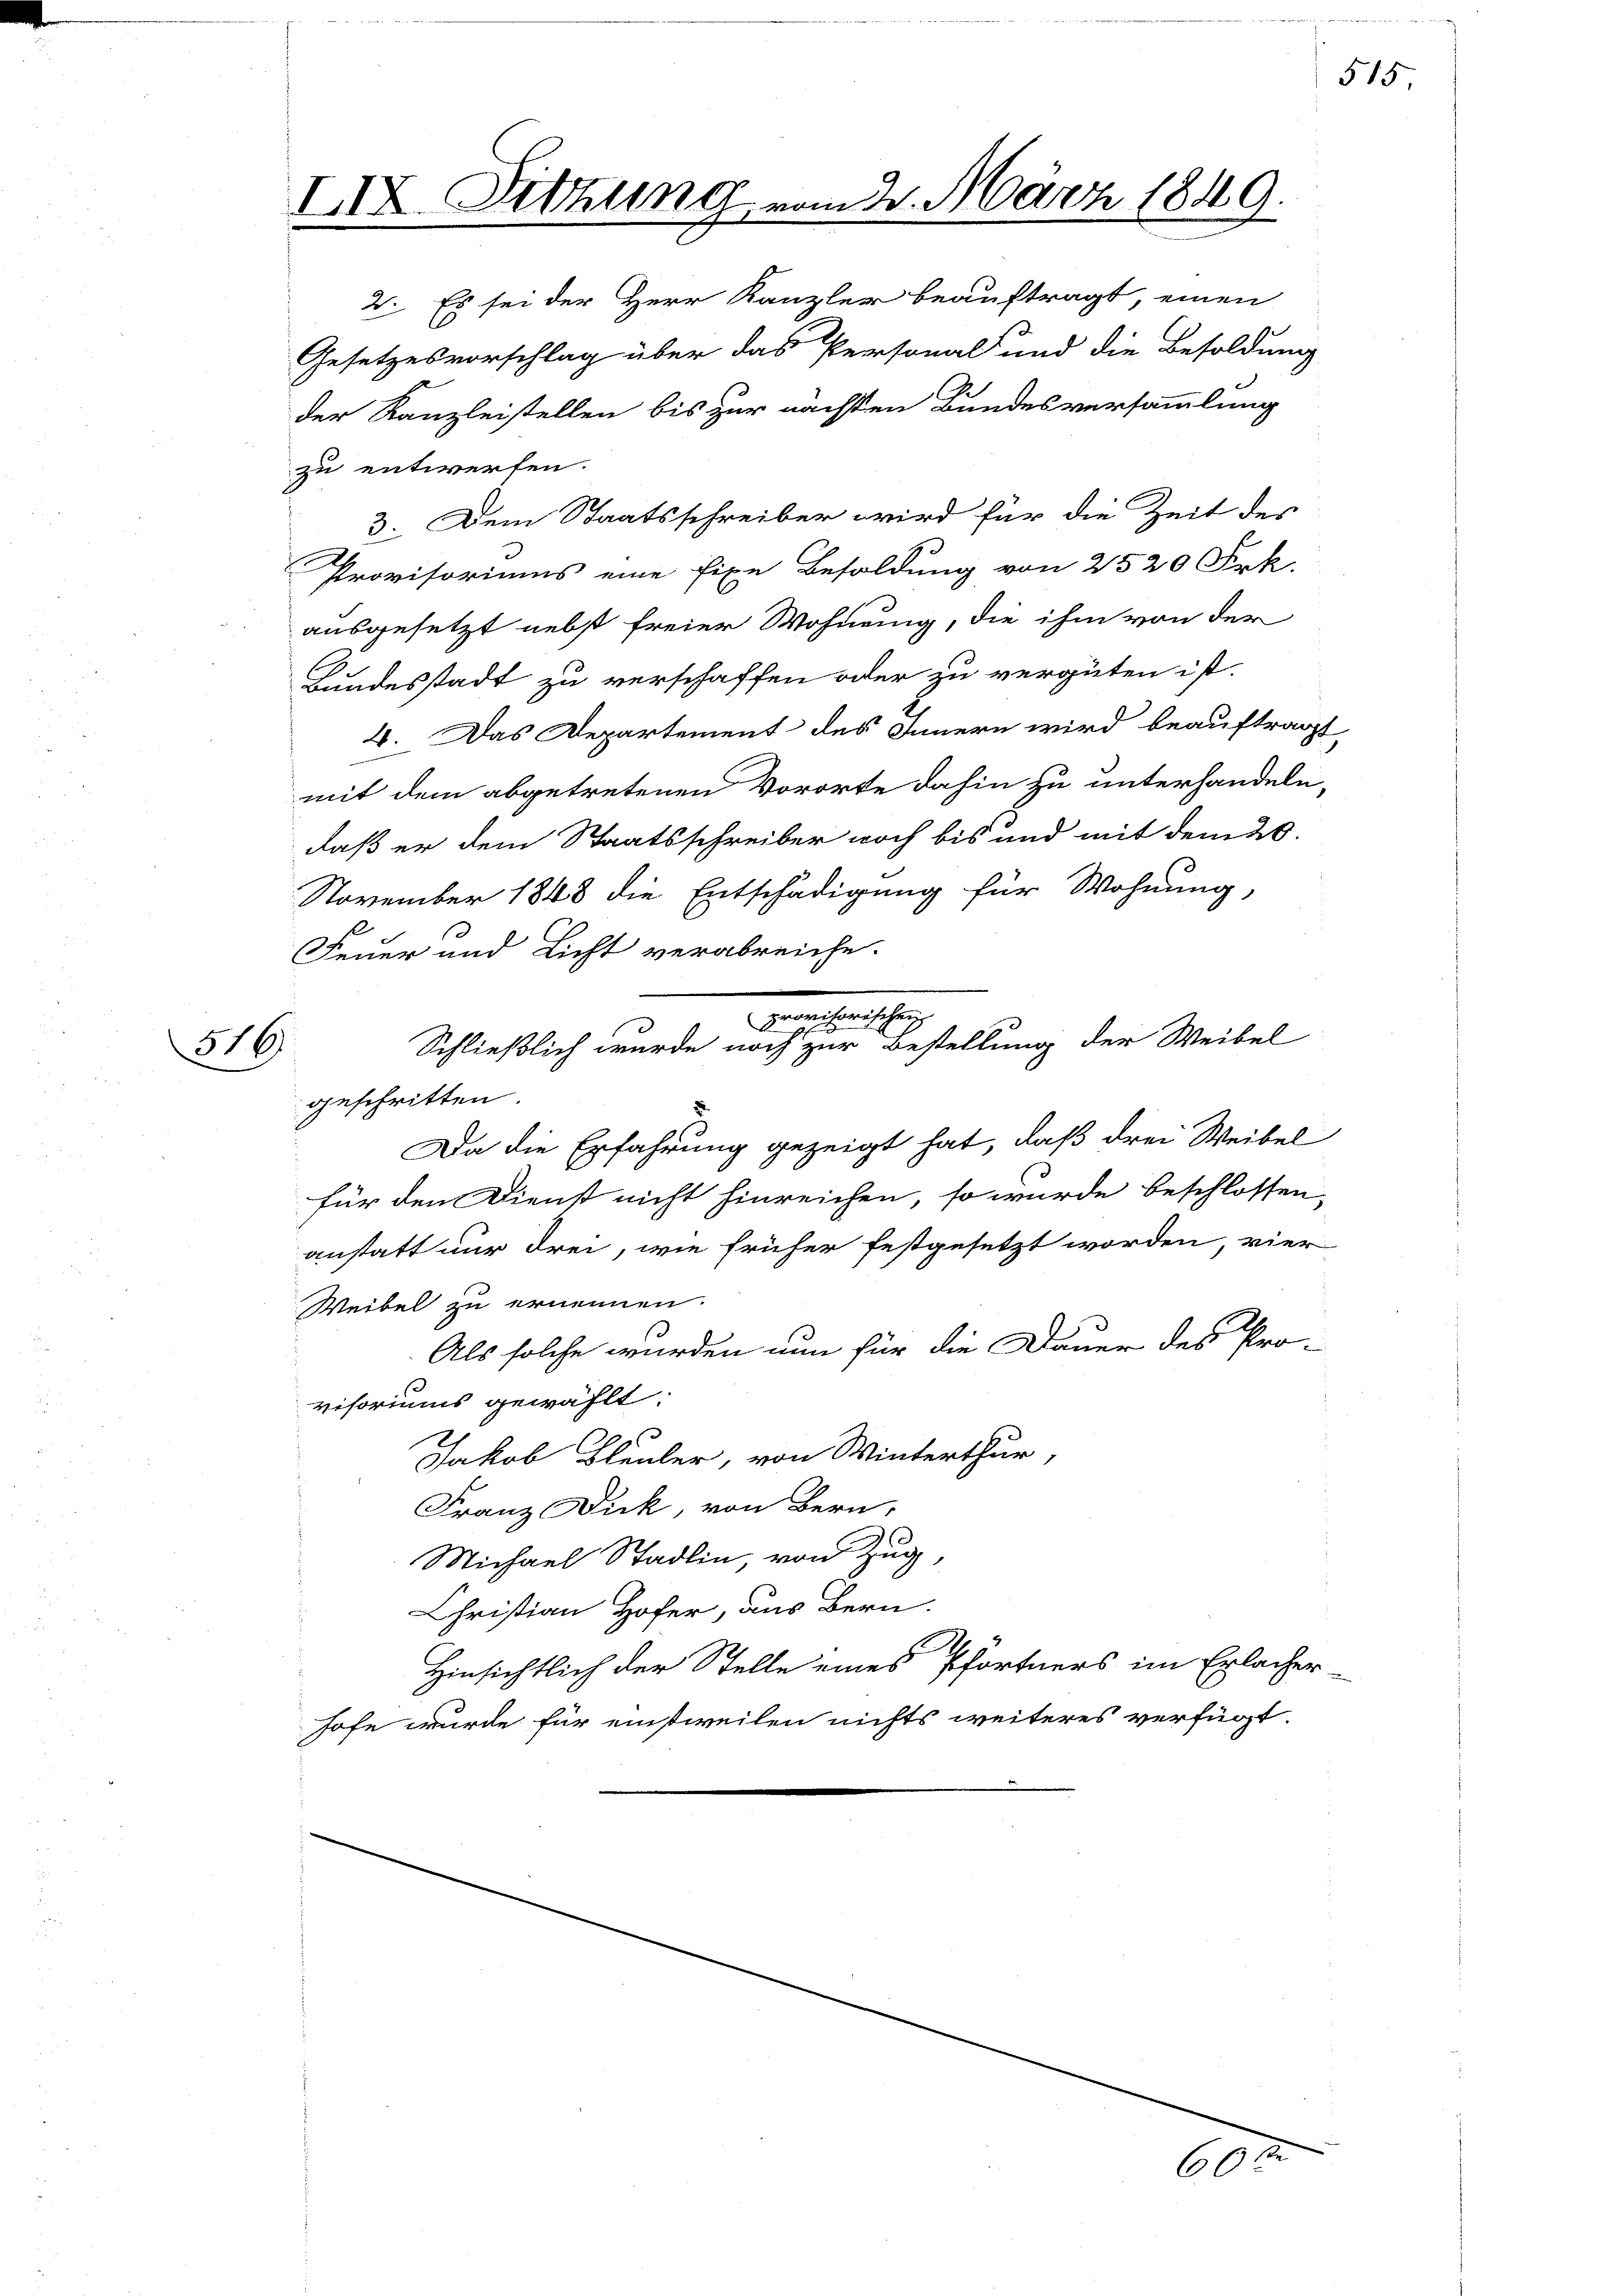
IIX. Sitzung vom 30. März 1849.

2. Es sei der Herr Kanzler beauftragt, einen
der Kanzleistellen bis zur nächsten Bundesversammlung
zu entwerfen.
3. Dem Staatsschreiber wird für die Zeit der
Provisoriums eine fixe Besoldung von 2520 Frk.
ausgesetzt nebst freier Wohnung, die ihm von der
Bundesstadt zu verschaffen oder zu vergüten ist.
4. Das Departement des Innern wird beauftragt,
mit dem abgetretenen Vororte dahin zu unterhandeln,
daß er dem Staatsschreiber noch bis und mit dem 20.
November 1848 die Entschädigung für Wohnung,
Feuer und Licht verabreiche.
316.
geschritten.
Da die Erfahrung gezeigt hat, daß drei Weibel
für den Dienst nicht hinreichen, so wurde beschlossen,
anstatt nur drei, wie früher festgesetzt worden, vier
Weibel zu ernennen.
Als solche wurden nun für die Dauer des Pro-
visoriums gewählt.
Jakob Bleuler, von Winterthur
Franz Dick, von Bern,
Michael Stadlin, von Zug,
Christian Hofer, aus Bern.
Hinsichtlich der Stelle eines Pfortners im Erlacher
hofe wurde für einstweilen nichts weiteres verfügt:

Gesetzesvorschlag über das Personal und die Besoldung

enheitlic
Schließlich wurde noch zur Bestellung der Weibel

60t

515,